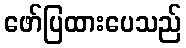
ဖော်ပြထားပေသည်